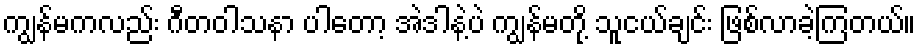
ကျွန်မကလည်း ဂီတဝါသနာ ပါတော့ အဲဒါနဲ့ပဲ ကျွန်မတို့ သူငယ်ချင်း ဖြစ်လာခဲ့ကြတယ်။